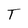
Character: T